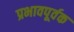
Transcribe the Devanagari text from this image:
प्रभावपूर्वक